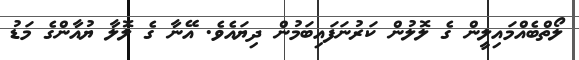
ލޯތްބެއްމައިލީން ގެ ލޮލުން ކަރުނަފައިބަމުން ދިޔައެވެ. އޭނާ ގެ ލޮލާ ޔުއާންގެ މަޑު